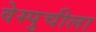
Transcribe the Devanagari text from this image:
वेस्पुचीला